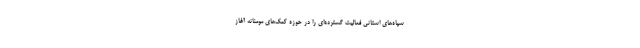
سپاه‌های استانی فعالیت گسترده‌ای را در حوزه کمک‌های مومنانه آغاز